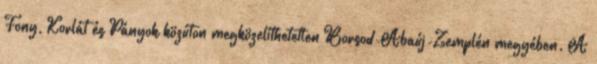
Fony, Korlát és Pányok közúton megközelíthetetlen Borsod-Abaúj-Zemplén megyében. A